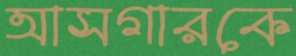
আসগারকে